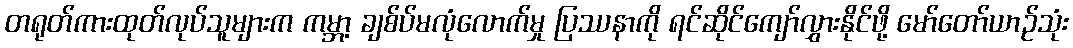
တရုတ်ကားထုတ်လုပ်သူများက ကမ္ဘာ့ ချစ်ပ်မလုံလောက်မှု ပြဿနာကို ရင်ဆိုင်ကျော်လွှားနိုင်ဖို့ မော်တော်ယာဉ်သုံး